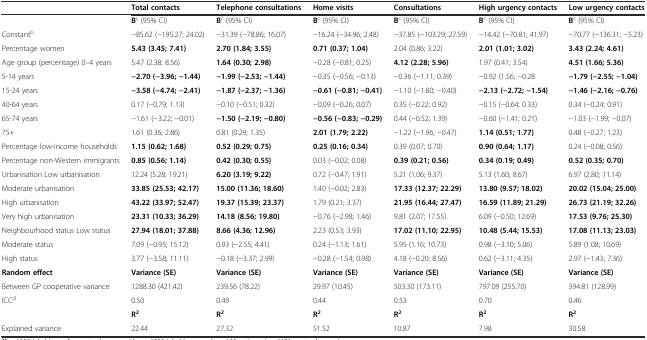
<table><thead><tr><td></td><td><b>Total contacts</b></td><td><b>Telephone consultations</b></td><td><b>Home visits</b></td><td><b>Consultations</b></td><td><b>High urgency contacts</b></td><td><b>Low urgency contacts</b></td></tr></thead><tbody><tr><td></td><td><b>B</b><sup>c</sup> (95% CI)</td><td><b>B</b><sup>c</sup> (95% CI)</td><td><b>B</b><sup>c</sup> (95% CI)</td><td><b>B</b><sup>c</sup> (95% CI)</td><td><b>B</b><sup>c</sup> (95% CI)</td><td><b>B</b><sup>c</sup> (95% CI)</td></tr><tr><td>Constant<sup>b</sup></td><td>−85.62 (−195.27; 24.02)</td><td>−31.39 (−78.86; 16.07)</td><td>−16.24 (−34.96; 2.48)</td><td>−37.85 (−103.29; 27.59)</td><td>−14.42 (−70.81; 41.97)</td><td>−70.77 (−136.31; −5.23)</td></tr><tr><td>Percentage women</td><td><b>5.43 (3.45; 7.41)</b></td><td><b>2.70 (1.84; 3.55)</b></td><td><b>0.71 (0.37; 1.04)</b></td><td>2.04 (0.86; 3.22)</td><td><b>2.01 (1.01; 3.02)</b></td><td><b>3.43 (2.24; 4.61)</b></td></tr><tr><td>Age group (percentage) 0–4 years</td><td>5.47 (2.38; 8.56)</td><td><b>1.64 (0.30; 2.98)</b></td><td>−0.28 (−0.81; 0.25)</td><td><b>4.12 (2.28; 5.96)</b></td><td>1.97 (0.41; 3.54)</td><td><b>4.51 (1.66; 5.36)</b></td></tr><tr><td>5-14 years</td><td><b>−2.70 (−3.96; −1.44)</b></td><td><b>−1.99 (−2.53; −1.44)</b></td><td>−0.35 (−0.56; −0.13)</td><td>−0.36 (−1.11; 0.39)</td><td>−0.92 (1.56; −0.28</td><td><b>−1.79 (−2.55; −1.04)</b></td></tr><tr><td>15-24 years</td><td><b>−3.58 (−4.74; −2.41)</b></td><td><b>−1.87 (−2.37; −1.36)</b></td><td><b>−0.61 (−0.81; −0.41)</b></td><td>−1.10 (−1.80; −0.40)</td><td><b>−2.13 (−2.72; −1.54)</b></td><td><b>−1.46 (−2.16; −0.76)</b></td></tr><tr><td>40-64 years</td><td>0.17 (−0.79; 1.13)</td><td>−0.10 (−0.51; 0.32)</td><td>−0.09 (−0.26; 0.07)</td><td>0.35 (−0.22; 0.92)</td><td>−0.15 (−0.64; 0.33)</td><td>0.34 (−0.24; 0.91)</td></tr><tr><td>65-74 years</td><td>−1.61 (−3.22; −0.01)</td><td><b>−1.50 (−2.19; −0.80)</b></td><td><b>−0.56 (−0.83; −0.29)</b></td><td>0.44 (−0.52; 1.39)</td><td>−0.60 (−1.41; 0.21)</td><td>−1.03 (−1.99; −0.07)</td></tr><tr><td>75+</td><td>1.61 (0.36; 2.86)</td><td>0.81 (0.29; 1.35)</td><td><b>2.01 (1.79; 2.22)</b></td><td>−1.22 (−1.96; −0.47)</td><td><b>1.14 (0.51; 1.77)</b></td><td>0.48 (−0.27; 1.23)</td></tr><tr><td>Percentage low-income households</td><td><b>1.15 (0.62; 1.68)</b></td><td><b>0.52 (0.29; 0.75)</b></td><td><b>0.25 (0.16; 0.34)</b></td><td>0.39 (0.07; 0.70)</td><td><b>0.90 (0.64; 1.17)</b></td><td>0.24 (−0.08; 0.56)</td></tr><tr><td>Percentage non-Western immigrants</td><td><b>0.85 (0.56; 1.14)</b></td><td><b>0.42 (0.30; 0.55)</b></td><td>0.03 (−0.02; 0.08)</td><td><b>0.39 (0.21; 0.56)</b></td><td><b>0.34 (0.19; 0.49)</b></td><td><b>0.52 (0.35; 0.70)</b></td></tr><tr><td>Urbanisation Low urbanisation</td><td>12.24 (5.28; 19.21)</td><td><b>6.20 (3.19; 9.22)</b></td><td>0.72 (−0.47; 1.91)</td><td>5.21 (1.06; 9.37)</td><td>5.13 (1.60; 8.67)</td><td>6.97 (2.80; 11.14)</td></tr><tr><td>Moderate urbanisation</td><td><b>33.85 (25.53; 42.17)</b></td><td><b>15.00 (11.36; 18.60)</b></td><td>1.40 (−0.02; 2.83)</td><td><b>17.33 (12.37; 22.29)</b></td><td><b>13.80 (9.57; 18.02)</b></td><td><b>20.02 (15.04; 25.00)</b></td></tr><tr><td>High urbanisation</td><td><b>43.22 (33.97; 52.47)</b></td><td><b>19.37 (15.39; 23.37)</b></td><td>1.79 (0.21; 3.37)</td><td><b>21.95 (16.44; 27.47)</b></td><td><b>16.59 (11.89; 21.29)</b></td><td><b>26.73 (21.19; 32.26)</b></td></tr><tr><td>Very high urbanisation</td><td><b>23.31 (10.33; 36.29)</b></td><td><b>14.18 (8.56; 19.80)</b></td><td>−0.76 (−2.98; 1.46)</td><td>9.81 (2.07; 17.55)</td><td>6.09 (−0.50; 12.69)</td><td><b>17.53 (9.76; 25.30)</b></td></tr><tr><td>Neighbourhood status Low status</td><td><b>27.94 (18.01; 37.88)</b></td><td><b>8.66 (4.36; 12.96)</b></td><td>2.23 (0.53; 3.93)</td><td><b>17.02 (11.10; 22.95)</b></td><td><b>10.48 (5.44; 15.53)</b></td><td><b>17.08 (11.13; 23.03)</b></td></tr><tr><td>Moderate status</td><td>7.09 (−0.95; 15.12)</td><td>0.93 (−2.55; 4.41)</td><td>0.24 (−1.13; 1.61)</td><td>5.95 (1.16; 10.73)</td><td>0.98 (−3.10; 5.06)</td><td>5.89 (1.08; 10.69)</td></tr><tr><td>High status</td><td>3.77 (−3.58; 11.11)</td><td>−0.18 (−3.37; 2.99)</td><td>−0.28 (−1.54; 0.98)</td><td>4.18 (−0.20; 8.56)</td><td>0.62 (−3.11; 4.35)</td><td>2.97 (−1.43; 7.36)</td></tr><tr><td><b>Random effect</b></td><td><b>Variance (SE)</b></td><td><b>Variance (SE)</b></td><td><b>Variance (SE)</b></td><td><b>Variance (SE)</b></td><td><b>Variance (SE)</b></td><td><b>Variance (SE)</b></td></tr><tr><td>Between GP cooperative variance</td><td>1288.30 (421.42)</td><td>239.56 (78.22)</td><td>29.97 (10.45)</td><td>503.30 (173.11)</td><td>797.09 (255.70)</td><td>394.81 (128.99)</td></tr><tr><td>ICC<sup>d</sup></td><td>0.50</td><td>0.49</td><td>0.44</td><td>0.53</td><td>0.70</td><td>0.46</td></tr><tr><td></td><td><b>R</b><sup><b>2</b></sup></td><td><b>R</b><sup><b>2</b></sup></td><td><b>R</b><sup><b>2</b></sup></td><td><b>R</b><sup><b>2</b></sup></td><td><b>R</b><sup><b>2</b></sup></td><td><b>R</b><sup><b>2</b></sup></td></tr><tr><td>Explained variance</td><td>22.44</td><td>27.32</td><td>51.52</td><td>10.87</td><td>7.98</td><td>30.58</td></tr></tbody></table>